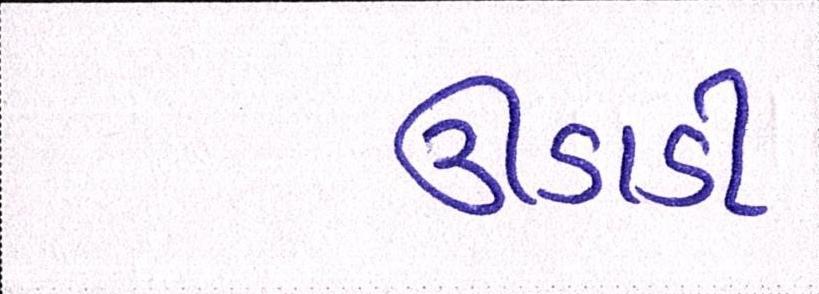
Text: ઊડાડી